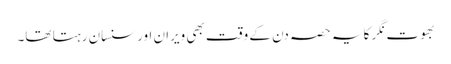
بھوت نگر کا یہ حصہ دن کے وقت بھی ویران اور سنسان رہتا تھا۔